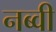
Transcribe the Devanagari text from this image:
नब्वी